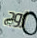
زوج